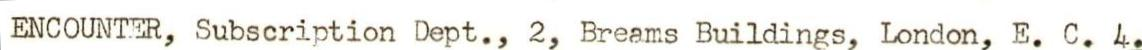
ENCOUNTER, Subscription Dept., 2, Breams Buildings, London, E. C. 4.